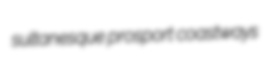
sultanesque prosport coastways